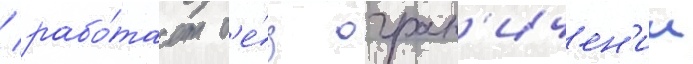
/ рабо́тает б'е́з огран'ичен'ии